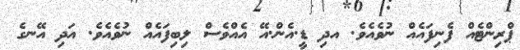
ޕްރިންޓެއް ފެނިފައެއް ނުވެއެވެ. އދި ޑީ.އެން.އޭ އެއްވެސް ލިބިފައެއް ނުވެއެވެ. އަދި އޭނގެ